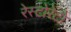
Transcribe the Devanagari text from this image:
रेस्‍टोरेंटो